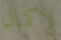
لإكمال